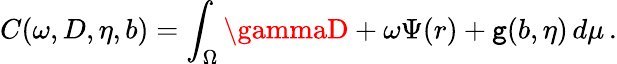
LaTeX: C(\omega,D,\eta,b)=\int_{\Omega}\gammaD+\omega\Psi(r)+\mathtt{g}(b,\eta)\, d\mu\, .